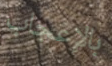
بالإعجاب